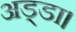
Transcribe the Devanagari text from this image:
अड्डा।